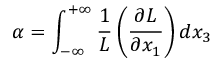
\alpha = \int _ { - \infty } ^ { + \infty } { \frac { 1 } { L } } \left( { \frac { \partial L } { \partial x _ { 1 } } } \right) d x _ { 3 }